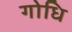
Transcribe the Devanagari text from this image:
गोधि